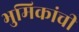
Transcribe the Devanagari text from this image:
भुमिकांची